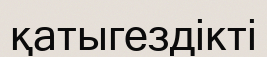
қатыгездікті